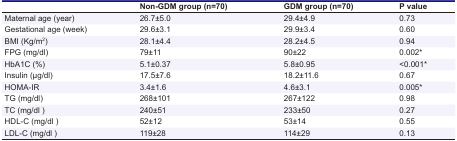
|  | Non-GDM group (n=70) | GDM group (n=70) | P value |
 | --- | --- | --- | --- |
 | Maternal age (year) | 26.7±5.0 | 29.4±4.9 | 0.73 |
 | Gestational age (week) | 29.6±3.1 | 29.9±3.4 | 0.60 |
 | BMI (Kg/m2) | 28.1±4.4 | 28.2±4.5 | 0.94 |
 | FPG (mg/dl) | 79±11 | 90±22 | 0.002* |
 | HbA1C (%) | 5.1±0.37 | 5.8±0.95 | <0.001* |
 | Insulin (μg/dl) | 17.5±7.6 | 18.2±11.6 | 0.67 |
 | HOMA-IR | 3.4±1.6 | 4.6±3.1 | 0.005* |
 | TG (mg/dl) | 268±101 | 267±122 | 0.98 |
 | TC (mg/dl ) | 240±51 | 233±50 | 0.27 |
 | HDL-C (mg/dl ) | 52±12 | 53±14 | 0.55 |
 | LDL-C (mg/dl ) | 119±28 | 114±29 | 0.13 |